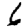
Digit: 6